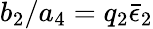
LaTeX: b_{2}/a_{4}=q_{2}\bar{\epsilon}_{2}